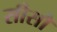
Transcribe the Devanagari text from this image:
सीसौ